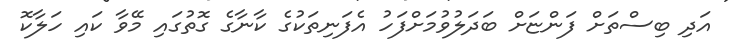
އަދި ބިސްތަށް ފަންޏަށް ބަދަލުވުމަށްފަހު އެފަނިތަކުގެ ކާނާގެ ގޮތުގައި މޭވާ ކައި ހަލާކޮ